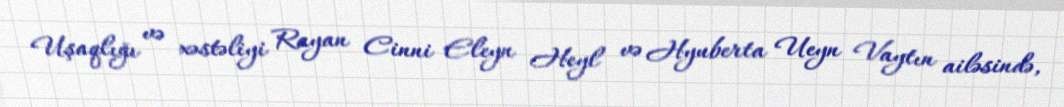
Uşaqlığı və xəstəliyi Rayan Cinni Eleyn Heyl və Hyuberta Ueyn Vaytın ailəsində,